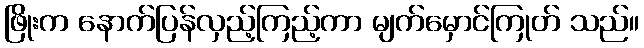
ဖြိုးက နောက်ပြန်လှည့်ကြည့်ကာ မျက်မှောင်ကြုတ် သည်။